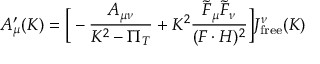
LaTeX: A _ { \mu } ^ { \prime } ( K ) = \Big [ - { \frac { A _ { \mu \nu } } { K ^ { 2 } - \Pi _ { T } } } + K ^ { 2 } { \frac { \tilde { F } _ { \mu } \tilde { F } _ { \nu } } { ( F \cdot H ) ^ { 2 } } } \Big ] J _ { \mathrm { f r e e } } ^ { \nu } ( K )